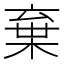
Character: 棄